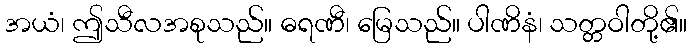
အယံ၊ ဤသီလအစုသည်။ ဓရဏီ၊ မြေသည်။ ပါဏိနံ၊ သတ္တဝါတို့၏။